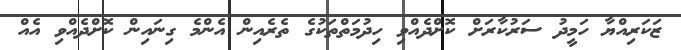
ޒަކަރިއްޔާ ހަމީދު ސަރުކާރަށް ކޮށްދެއްވި ހިދުމަތްތަކުގެ ތެރެއިން އެންމެ ގިނައިން ކޮށްދެއްވި އެއް